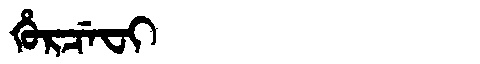
Manchu: ᡥᡠᡵᠴᡝᠸᡳ
Romanization: HURCEFI